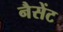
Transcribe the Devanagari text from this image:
नैसेंट